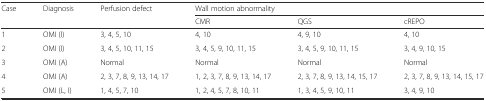
<table><thead><tr><td rowspan="2"><b>Case</b></td><td rowspan="2"><b>Diagnosis</b></td><td rowspan="2"><b>Perfusion defect</b></td><td colspan="3"><b>Wall motion abnormality</b></td></tr><tr><td><b>CMR</b></td><td><b>QGS</b></td><td><b>cREPO</b></td></tr></thead><tbody><tr><td>1</td><td>OMI (I)</td><td>3, 4, 5, 10</td><td>4, 10</td><td>4, 9, 10</td><td>4, 10</td></tr><tr><td>2</td><td>OMI (I)</td><td>3, 4, 5, 10, 11, 15</td><td>3, 4, 5, 9, 10, 11, 15</td><td>3, 4, 5, 9, 10, 11, 15</td><td>3, 4, 9, 10, 15</td></tr><tr><td>3</td><td>OMI (A)</td><td>Normal</td><td>Normal</td><td>Normal</td><td>Normal</td></tr><tr><td>4</td><td>OMI (A)</td><td>2, 3, 7, 8, 9, 13, 14, 17</td><td>1, 2, 3, 7, 8, 9, 13, 14, 17</td><td>2, 3, 7, 8, 9, 13, 14, 15, 17</td><td>2, 3, 7, 8, 9, 13, 14, 15, 17</td></tr><tr><td>5</td><td>OMI (L, I)</td><td>1, 4, 5, 7, 10</td><td>1, 2, 4, 5, 7, 8, 10, 11</td><td>1, 3, 4, 5, 9, 10, 11</td><td>3, 4, 9, 10</td></tr></tbody></table>